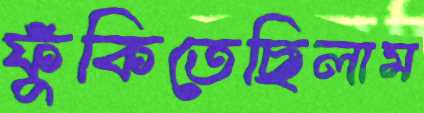
ফুঁকিতেছিলাম